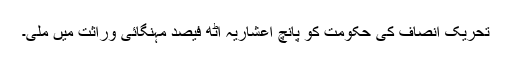
تحریک انصاف کی حکومت کو پانچ اعشاریہ آٹھ فیصد مہنگائی وراثت میں ملی۔